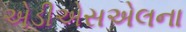
એડીએસએલના